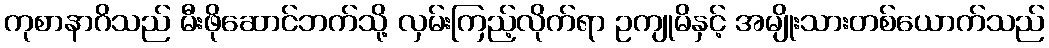
ကုစာနာဂိသည် မီးဖိုဆောင်ဘက်သို့ လှမ်းကြည့်လိုက်ရာ ဥကျုမိနှင့် အမျိုးသားတစ်ယောက်သည်